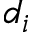
d _ { i }